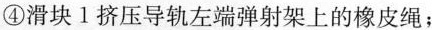
④滑块Ⅰ挤压导轨左端弹射架上的橡皮绳；